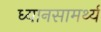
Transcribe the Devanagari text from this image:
ध्यानसामर्थ्य